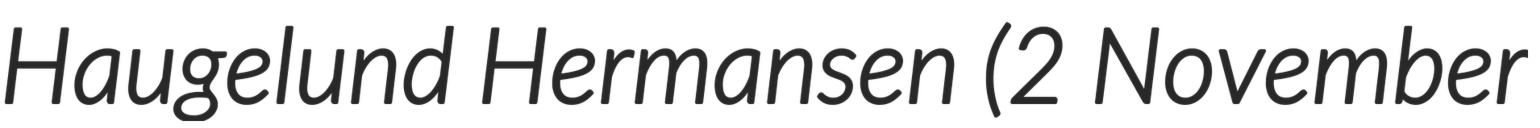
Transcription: Haugelund Hermansen (2 November